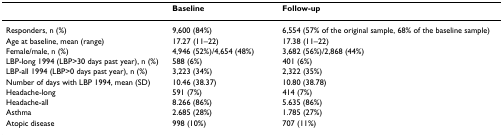
|  | Baseline | Follow-up |
 | --- | --- | --- |
 | Responders, n (%) | 9,600 (84%) | 6,554 (57% of the original sample, 68% of the baseline sample) |
 | Age at baseline, mean (range) | 17.27 (11–22) | 17.38 (11–22) |
 | Female/male, n (%) | 4,946 (52%)/4,654 (48%) | 3,682 (56%)/2,868 (44%) |
 | LBP-long 1994 (LBP>30 days past year), n (%) | 588 (6%) | 401 (6%) |
 | LBP-all 1994 (LBP>0 days past year), n (%) | 3,223 (34%) | 2,322 (35%) |
 | Number of days with LBP 1994, mean (SD) | 10.46 (38.37) | 10.80 (38.78) |
 | Headache-long | 591 (7%) | 414 (7%) |
 | Headache-all | 8.266 (86%) | 5.635 (86%) |
 | Asthma | 2.685 (28%) | 1.785 (27%) |
 | Atopic disease | 998 (10%) | 707 (11%) |